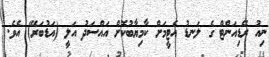
ނިއު ރޭޑިއަންޓް ގެ ލަނޑު އެޓީމަށް ކާމިޔާބުކޮށް އައްސަދު އަލީ (އަޑުބަރޭ) އެވެ.